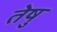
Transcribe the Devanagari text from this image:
तेषु